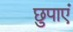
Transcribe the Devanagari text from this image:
छुपाएं